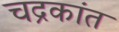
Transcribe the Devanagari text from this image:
चद्रकांत